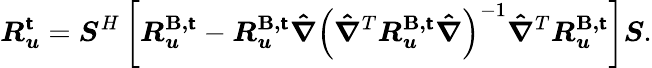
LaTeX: \boldsymbol{R_{u}^{\mathsf{t}}}=\boldsymbol{S}^{H}\left[\boldsymbol{R_{u}^{\mathbf{B},\mathsf{t}}}-\boldsymbol{R_{u}^{\mathbf{B},\mathsf{t}}}\boldsymbol{\hat{{\nabla}}}\left(\boldsymbol{\hat{{\nabla}}}^{T}\boldsymbol{R_{u}^{\mathbf{B},\mathsf{t}}}\boldsymbol{\hat{{\nabla}}}\right)^{-1}\boldsymbol{\hat{{\nabla}}}^{T}\boldsymbol{R_{u}^{\mathbf{B},\mathsf{t}}}\right]\boldsymbol{S}.